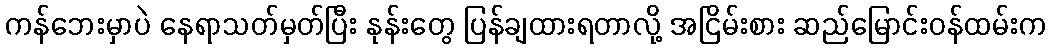
ကန်ဘေးမှာပဲ နေရာသတ်မှတ်ပြီး နုန်းတွေ ပြန်ချထားရတာလို့ အငြိမ်းစား ဆည်မြောင်းဝန်ထမ်းက